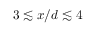
3 \lesssim x / d \lesssim 4